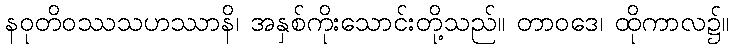
နဝုတိဝဿသဟဿာနိ၊ အနှစ်ကိုးသောင်းတို့သည်။ တာဝဒေ၊ ထိုကာလ၌။